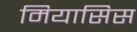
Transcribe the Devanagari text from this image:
मियासिस